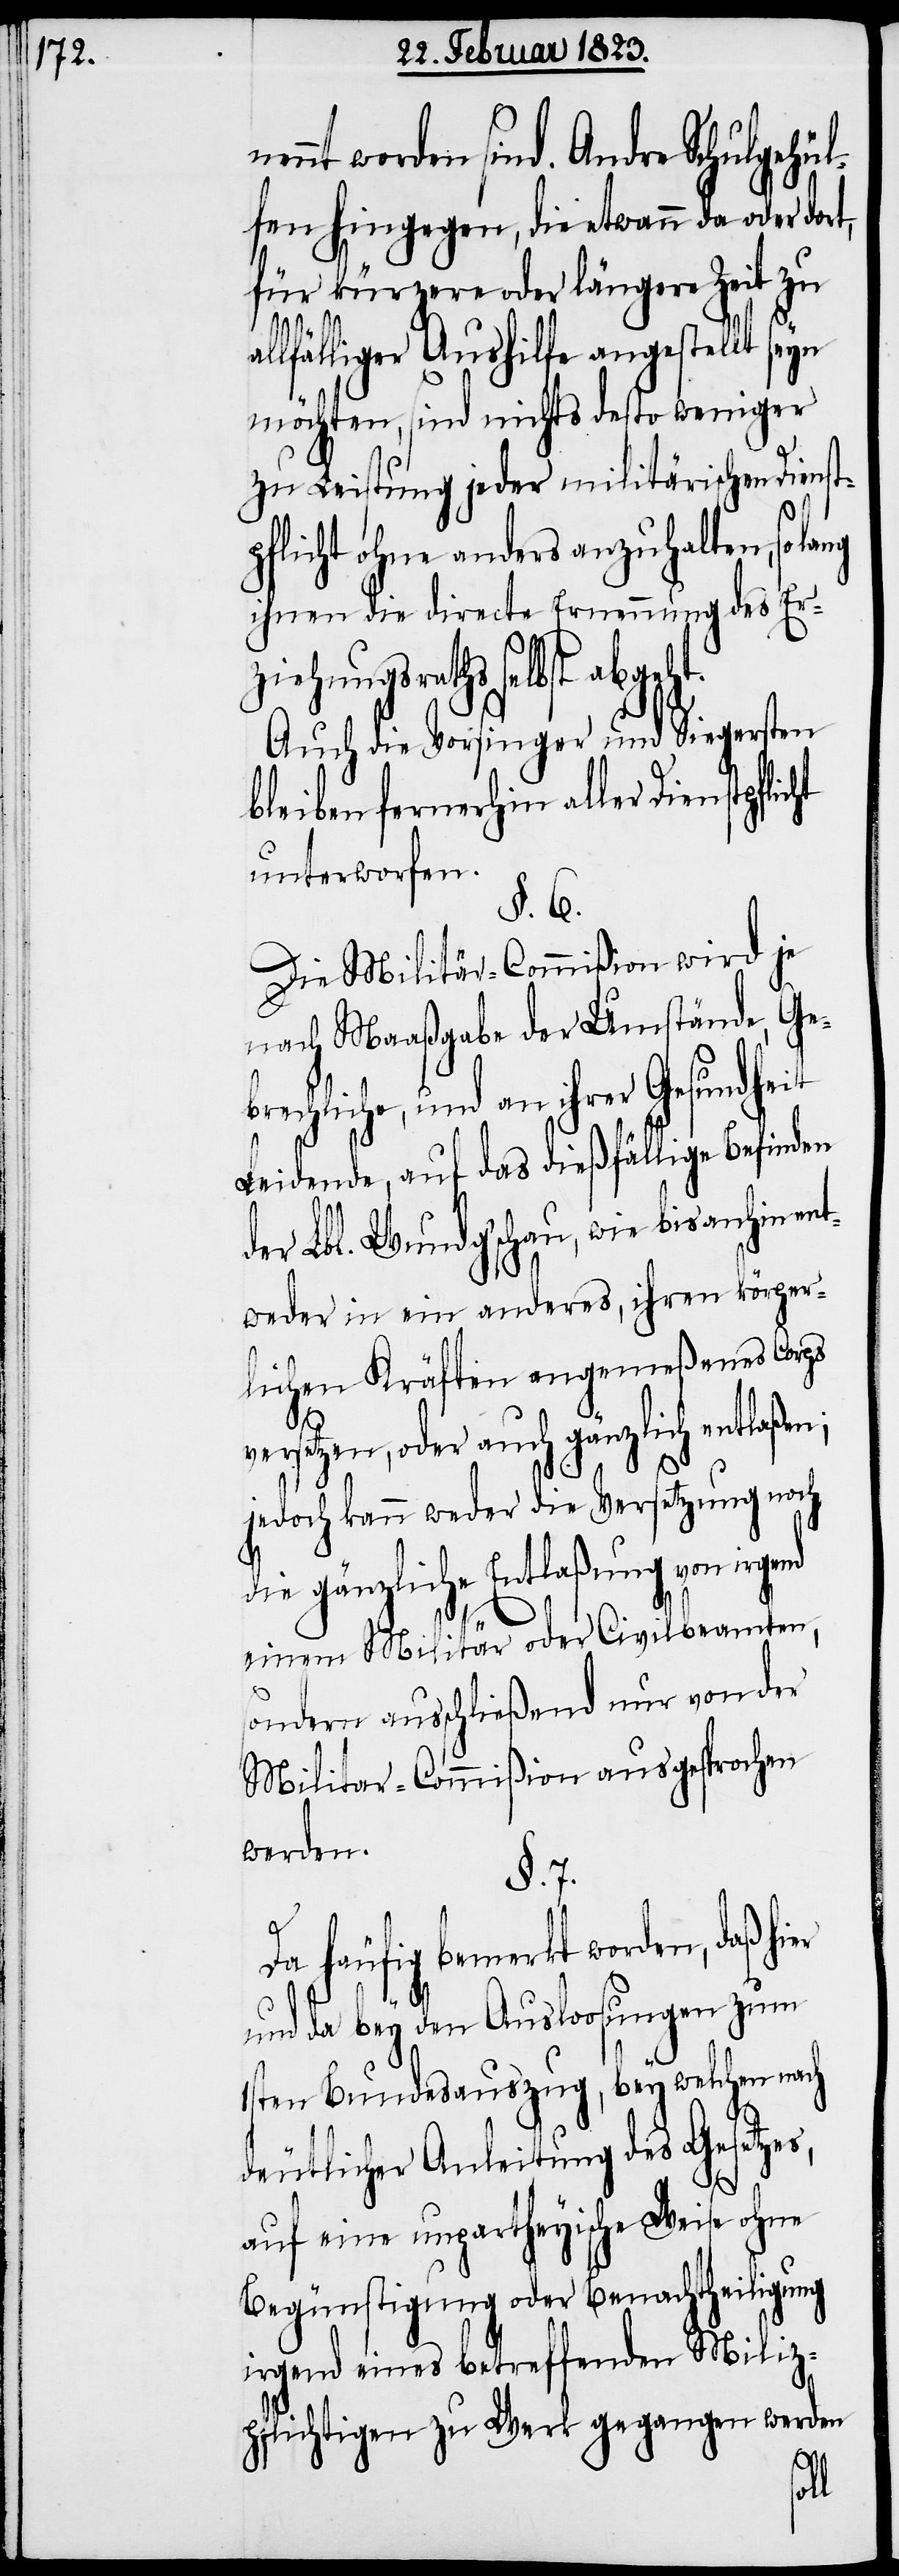
ennt worden sind. Andre Schulgehül¬
fen hingegen, die etwann da oder dort,
für kürzere oder längere Zeit zu
lfälliger Aushilfe angestellt seyn
möchten, sind nichts desto weniger
zu Leistung jeder militärischen Diens¬
pflicht ohne anders anzuhalten, so
ihnen die directe Ernennung des Er¬
ziehungsraths selbst abgeht.
Auch die Vorsinger und Siegersten
bleiben fernerhin aller Dienstpflic¬
unterworfen.
§. 6.
Die Militär-Commißion wird je
nach Maaßgabe der Umstände, Ge¬
brechliche, und an ihrer Gesundheit
v¬
Leidende, auf das dießfällige Befinden
der Lbl. Wundg’schau, wie bis anhin en¬
tweder in ein anderes, ihren körper¬
lichen Kräften angemeßenes Corps
ersetzen, oder auch gänzlich entlaßen;
jedoch kann weder die Versetzung noch
die gänzliche Entlaßung von
einem Militär oder Civilbeamten,
sondern ausschließend nur von der
Militar-Commißion ausgesprochen
werden.
§. 7.
Da häufig bemerkt worden, daß hi¬
und da bey den Ausloosungen zum
1sten Bundesauszug, bey welchen nach
deutlicher Anleitung des Gesetzes,
auf eine unpartheyische Weise ohne
Begünstigung oder Benachtheiligung
irgend eines betreffenden Miliz¬
pflichtigen zu Werk gegangen werden
al¬
er